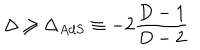
\Delta \geq \Delta _ { A d S } \equiv - 2 \frac { D - 1 } { D - 2 }